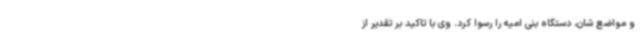
و مواضع شان، دستگاه بنی امیه را رسوا کرد. وی با تاکید بر تقدیر از